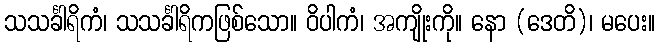
သသင်္ခါရိကံ၊ သသင်္ခါရိကဖြစ်သော။ ဝိပါကံ၊ အကျိုးကို။ နော (ဒေတိ)၊ မပေး။